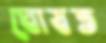
ঘোষত